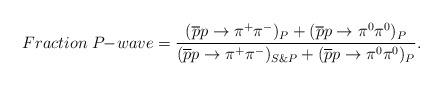
LaTeX: \begin{align*}Fraction \; P \! \! - \! wave = {( \overline{p} p \rightarrow \pi^+ \pi^-)_P+ (\overline{p} p \rightarrow \pi^0 \pi^0)_P \over( \overline{p} p \rightarrow \pi^+ \pi^-)_{S \& P}+ (\overline{p} p \rightarrow \pi^0 \pi^0)_P }.\end{align*}